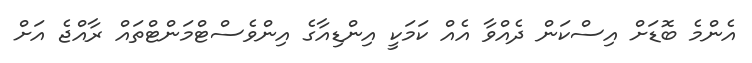
އެންމެ ބޮޑަށް އިސްކަން ދެއްވާ އެެއް ކަމަކީ އިންޑިއާގެ އިންވެސްޓްމަންޓްތައް ރާއްޖެ އަށް